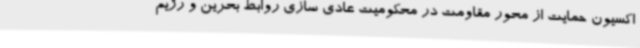
اکسیون حمایت از محور مقاومت در محکومیت عادی سازی روابط بحرین و رژیم